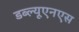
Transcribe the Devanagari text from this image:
डब्ल्यूएनएस